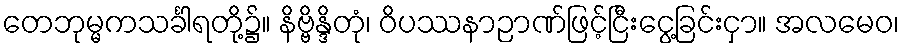
တေဘုမ္မကသင်္ခါရတို့၌။ နိဗ္ဗိန္ဒိတုံ၊ ဝိပဿနာဉာဏ်ဖြင့်ငြီးငွေ့ခြင်းငှာ။ အလမေဝ၊